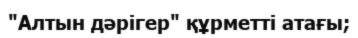
"Алтын дәрігер" құрметті атағы;